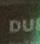
du